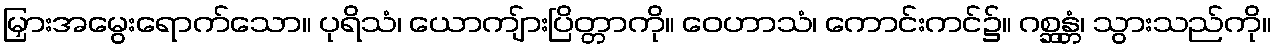
မြှားအမွေးရောက်သော။ ပုရိသံ၊ ယောကျ်ားပြိတ္တာကို။ ဝေဟာသံ၊ ကောင်းကင်၌။ ဂစ္ဆန္တံ၊ သွားသည်ကို။